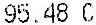
95.48 C